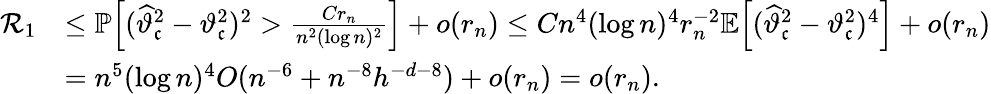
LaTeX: \begin{array}{rl}{\mathcal{R}_{1}}&{\leq\mathbb{P}\Big[(\widehat{\vartheta}_{\mathfrak{c}}^{2}-\vartheta_{\mathfrak{c}}^{2})^{2}>\frac{Cr_{n}}{n^{2}(\log n)^{2}}\Big]+o(r_{n})\leq Cn^{4}(\log n)^{4}r_{n}^{-2}\mathbb{E}\Big[(\widehat{\vartheta}_{\mathfrak{c}}^{2}-\vartheta_{\mathfrak{c}}^{2})^{4}\Big]+o(r_{n})}\\ &{=n^{5}(\log n)^{4}O(n^{-6}+n^{-8}h^{-d-8})+o(r_{n})=o(r_{n}).}\end{array}